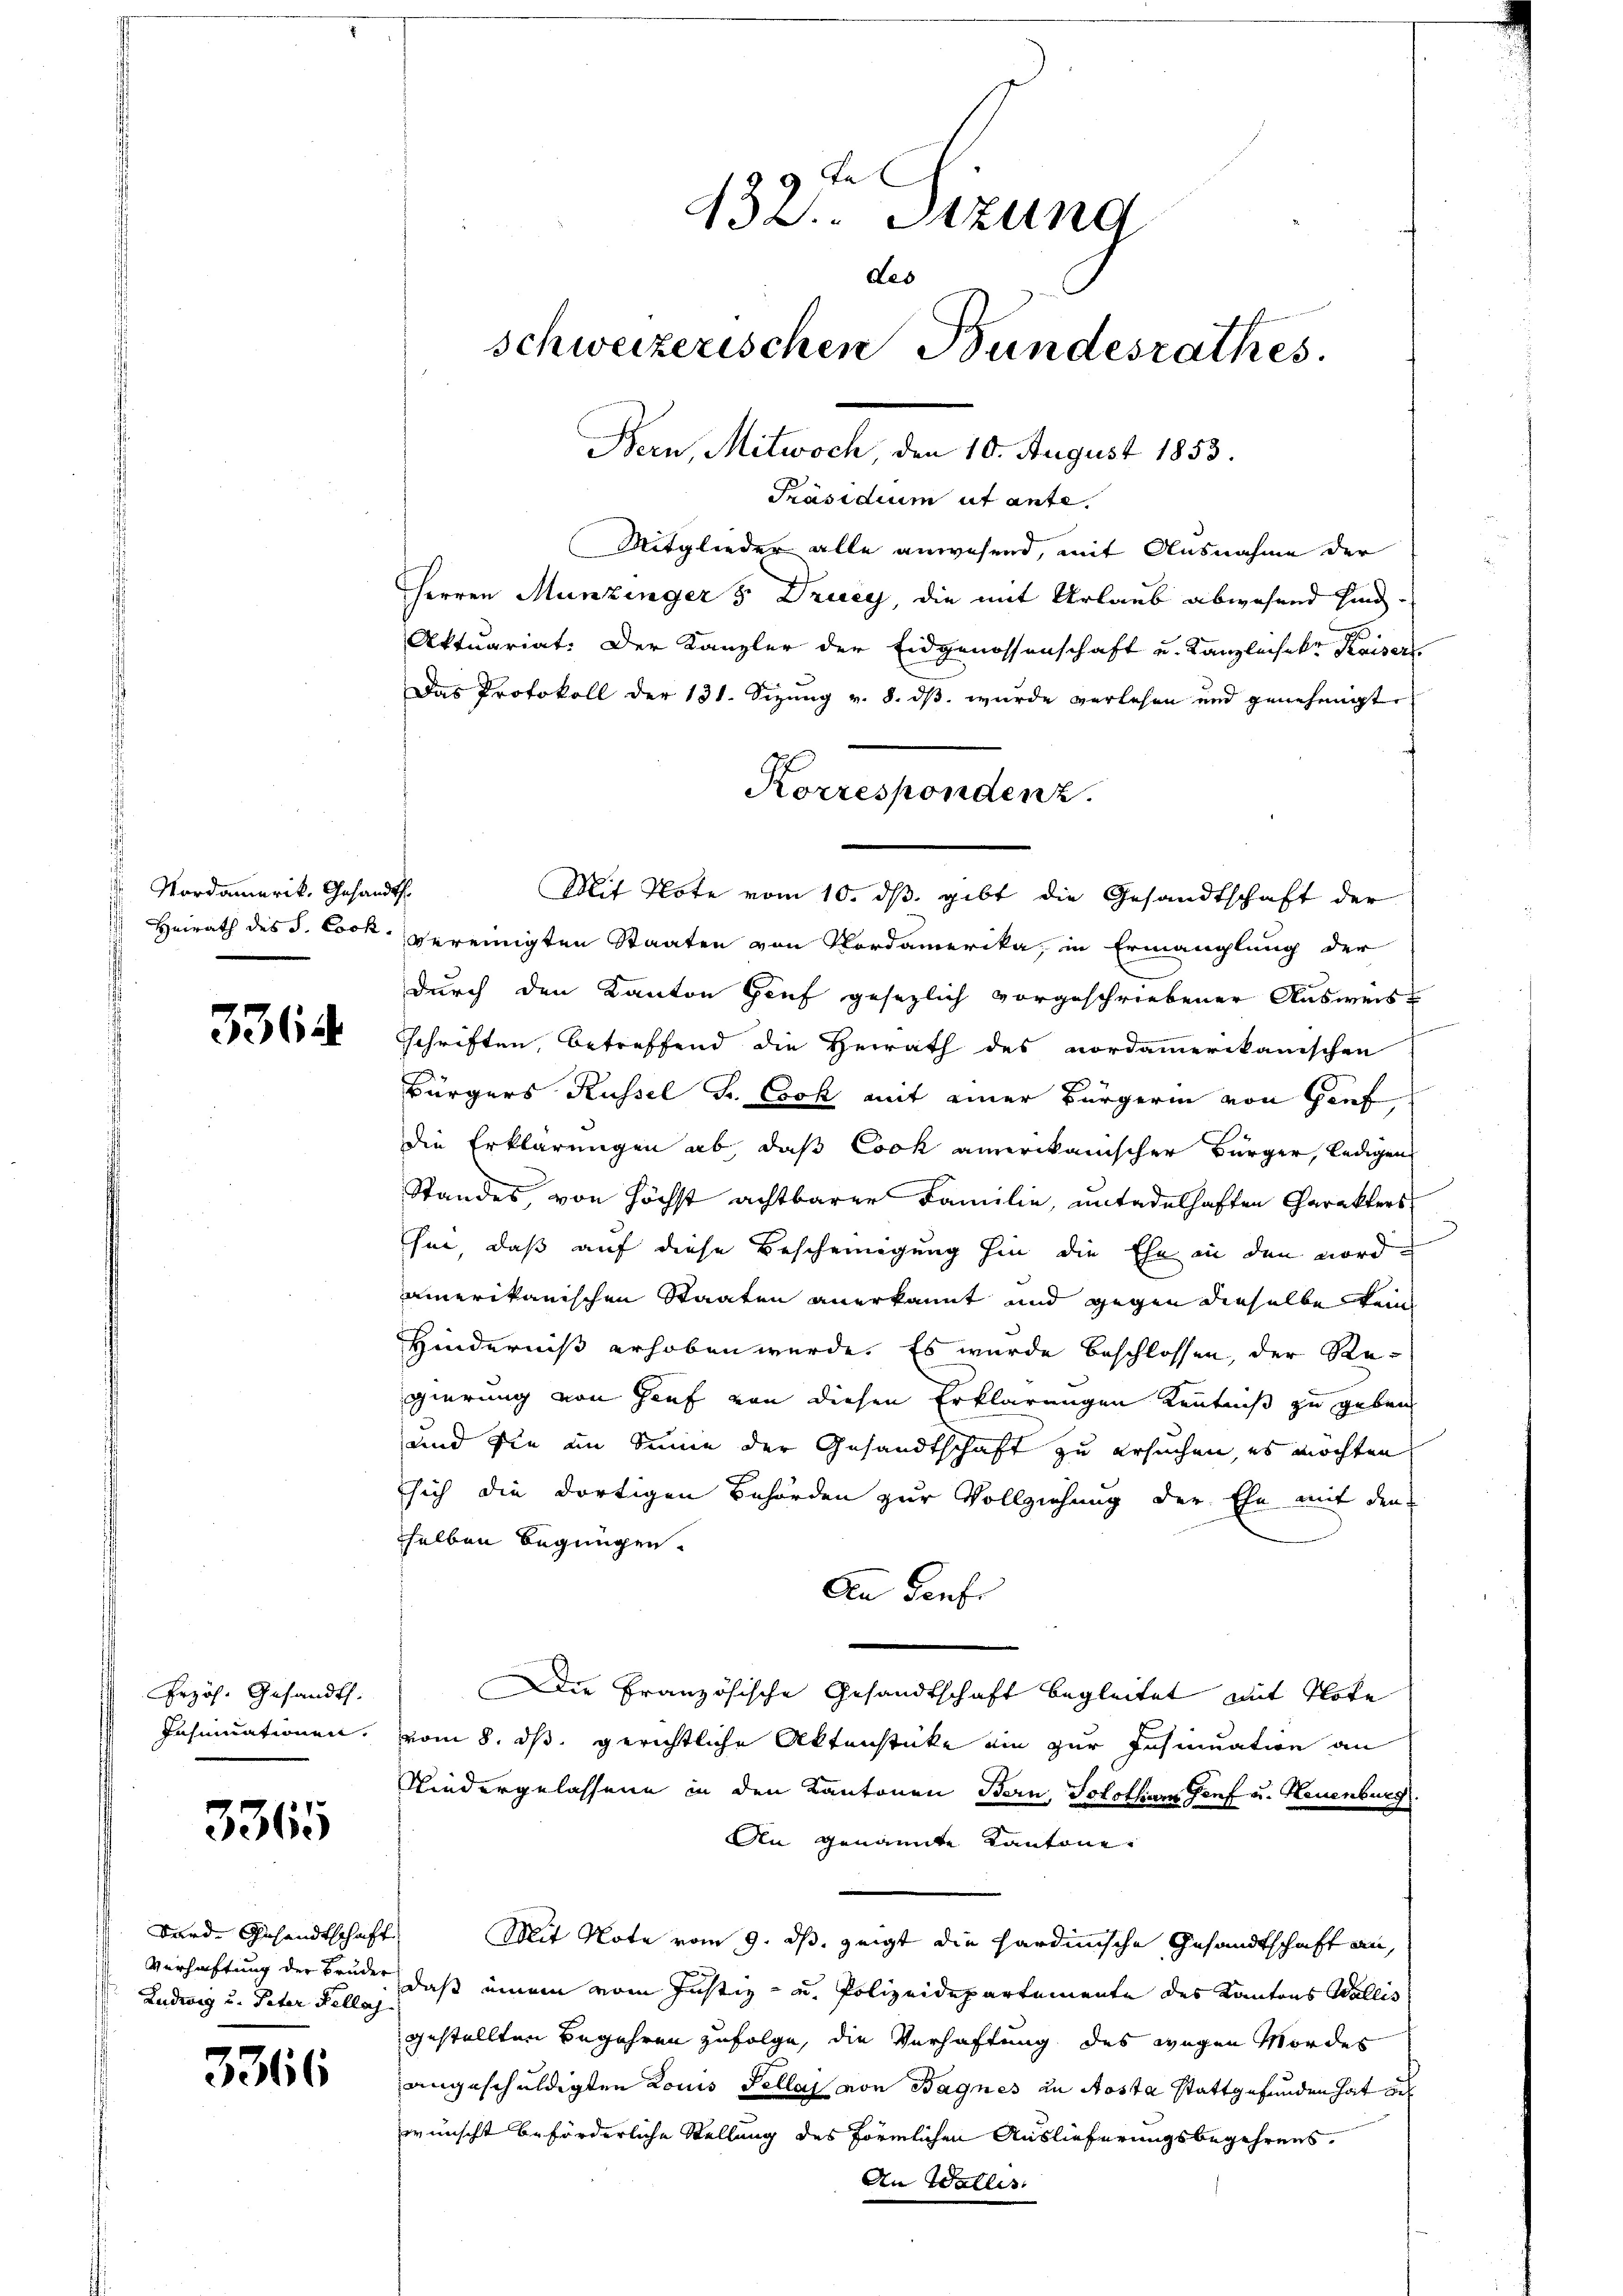
Nordamerik, Gesand
Heirath des S. Cock.

3364

Erzös. Gesandt.

3365

kard Gesandtschaft
Verhaftung der Bruder
Ludwig u. Peter Fella

3366

Fr
430. Sizung
des
schweizerischen Bundesrathes.
Bern, Mitwoch, den 10. August 1853.

Präsidium ut ante.
Mitglieder alle anwesend, mit Ausnahme der
Herren Munzinger 5 Drucy, die mit Urlaub abwesend hinde
Aktuariat: Der Kanzler der Eidgenossenschaft und Kanzleiherr Kaiser.
Das Protokoll der 131. Sizung v. 8. dβ wurde verlesen und genehmigt.
.
vereinigten Staaten von Nordamerika, in Ermanglung der
durch den Kanton Genf gesezlich vorgeschriebener Ausweis
schriften, betreffend die Herrath des nordammerikanischen
Bürgers Russel Fr. Cook mit einer Bürgerin von Genf
die Erklärungen ab, daß Cook amerikanischer Bürger, ledigen
Standes, von höchst achtbarer Familie, untadelhaften Charakters
Ehe, daß auf diese Bescheinigung hin die Ehe in den nordamerikanischen Staaten anerkannt und gegen dieselbe keine
Hinderniß erhoben werde. Es wurde beschlossen, der Regierung von Hauf von diesen Erklärungen Kenntniß zu geben
und sie im Sinne der Gesandtschaft zu ersuchen, es möchten
sich die dortigen Behörden zur Vollziehung der Ehe mit den
selben begnügen.
Den Genfr
Die Französische Gesandtschaft begleitet mit Note
Insinuationen, vom 8. ds. gerichtliche Aktenstücke ein zur Insinuation an
Niedergelassene in den Kantonen Bern, Solothurn Genf u. Neuenburg
An genannte Kantone
Mit Note vom 9. ds. zeigt die hardinische Gesandtschaft an,
daß einem vom Justiz- u. Polizeidepartemente des Kantons Wallis
gestellten Begehren zufolge, die Verhaftung des wegen Mordes
angeschuldigten Louis Fellos von Bagnes an Aosta stattgefunden hat au
wünscht beförderliche Stellung des förmlichen Auslieferungsbegehrens.
An Wallis

Korrespondenz.
Mit Note vom 10. dβ gibt die Gesandtschaft der